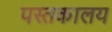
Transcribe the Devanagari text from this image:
पस्तकालय